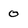
Character: 0